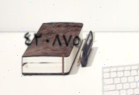
٤٢٠٨٧٥